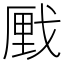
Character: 𮲌